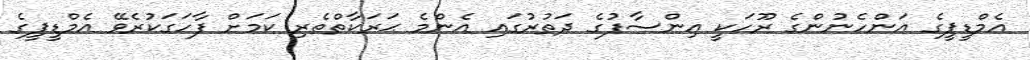
އެމްޑީޕީގެ އަންހެނުންގެ ރޫހަކީ އިންސާފުގެ ދަތުރުގައި އެންމެ ޙަރަކާތްތެރި ކަމަށް ފާހަގަކުރެވޭ އެމްޑީޕީގެ